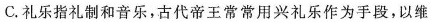
礼乐指礼制和音乐.古代蛮于常堂用水礼乐作为手段，以维